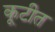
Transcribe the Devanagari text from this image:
कूटीत